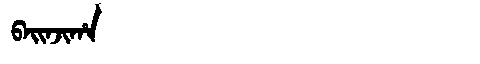
Manchu: ᠪᠠᡳᠨᠵᡳᡥᠠ
Romanization: BAINJIHA